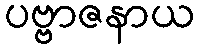
ပဗ္ဗာဇနာယ